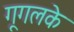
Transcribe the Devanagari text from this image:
गूगलके